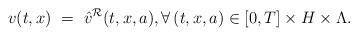
LaTeX: \begin{align*}v(t,x) \ = \ \hat v^{\mathcal R}(t,x,a), \forall\,(t,x,a)\in[0,T]\times H\times\Lambda.\end{align*}